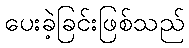
ပေးခဲ့ခြင်းဖြစ်သည်